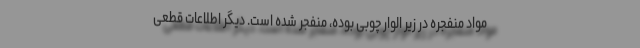
مواد منفجره در زیر الوار چوبی بوده، منفجر شده‌ است. دیگر اطلاعات قطعی